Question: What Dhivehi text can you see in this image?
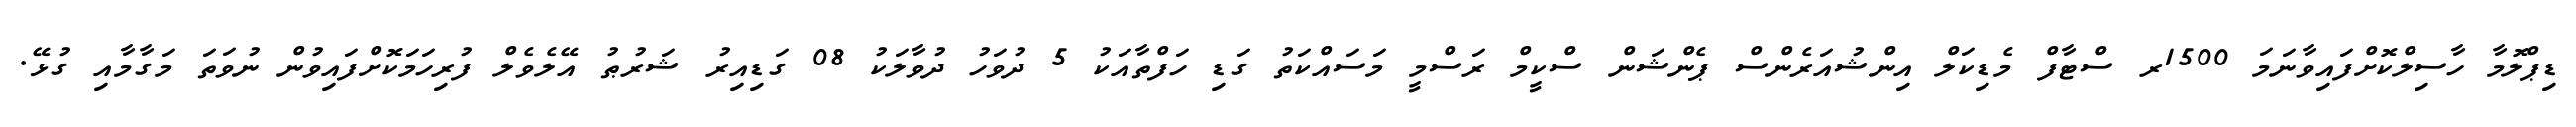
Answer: ޑިޕްލޮމާ ހާސިލްކޮށްފައިވާނަމަ 1500ރ ސްޓާފް މެޑިކަލް އިންޝުއަރެންސް ޕެންޝަން ސްކީމް ރަސްމީ މަސައްކަތު ގަޑި ހަފްތާއަކު 5 ދުވަހު ދުވާލަކު 08 ގަޑިއިރު ޝަރުޠު އޭލެވެލް ފުރިހަމަކޮށްފައިވުން ނުވަތަ މަގާމާއި ގުޅޭ.